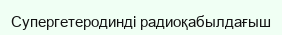
Супергетеродинді радиоқабылдағыш